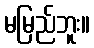
မမြည်ဘူး။